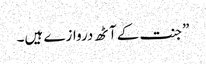
”جنت کے آٹھ دروازے ہیں۔